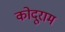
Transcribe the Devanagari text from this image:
कोदूराम